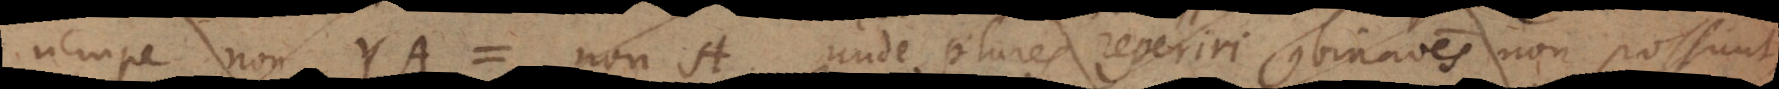
nempe non YA = non‐A. Unde plures reperiri combinationes non possunt.